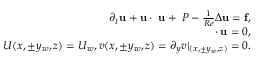
\begin{array} { r } { \partial _ { t } \mathbf { u } + \mathbf { u } \cdot \mathbf { \nabla } \mathbf { u } + \mathbf { \nabla } P - \frac { 1 } { R e } \Delta \mathbf { u } = \mathbf { f } , } \\ { \mathbf { \nabla } \cdot \mathbf { u } = 0 , } \\ { U ( x , \pm y _ { w } , z ) = U _ { w } , v ( x , \pm y _ { w } , z ) = \partial _ { y } v | _ { ( x , \pm y _ { w } , z ) } = 0 . } \end{array}